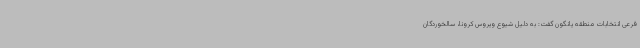
فرعی انتخابات منطقه یانگون گفت: به دلیل شیوع ویروس کرونا، سالخوردگان